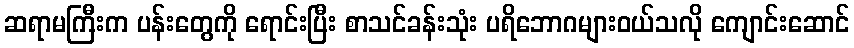
ဆရာမကြီးက ပန်းတွေကို ရောင်းပြီး စာသင်ခန်းသုံး ပရိဘောဂများဝယ်သလို ကျောင်းဆောင်